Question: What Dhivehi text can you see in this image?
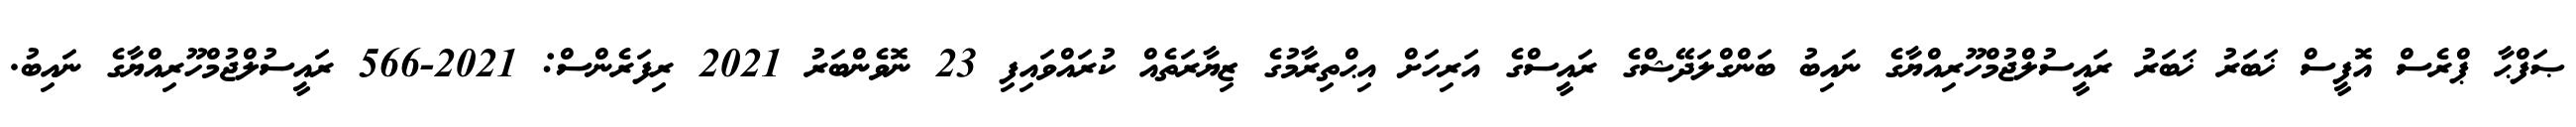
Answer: ޞަފްޙާ ޕްރެސް އޮފީސް ޚަބަރު ޚަބަރު ރައީސުލްޖުމްހޫރިއްޔާގެ ނައިބު ބަންގްލަދޭޝްގެ ރައީސްގެ އަރިހަށް އިޙްތިރާމުގެ ޒިޔާރަތެއް ކުރައްވައިފި 23 ނޮވެންބަރު 2021 ރިފަރެންސް: 2021-566 ރައީސުލްޖުމްހޫރިއްޔާގެ ނައިބު.